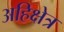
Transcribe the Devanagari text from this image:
अहिक्षेत्र